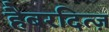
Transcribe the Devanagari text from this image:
हैबरदित्ज़